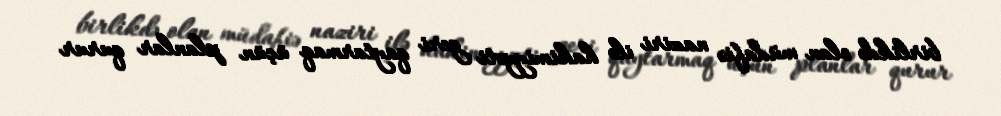
birlikdə olan müdafiə naziri ilə hakimiyyəti geri qaytarmaq üçün planlar qurur